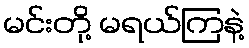
မင်းတို့ မရယ်ကြနဲ့